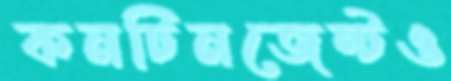
কনটিনজেন্টও